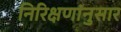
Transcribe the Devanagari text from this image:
निरिक्षणांनुसार